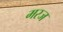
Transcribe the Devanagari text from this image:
मरज